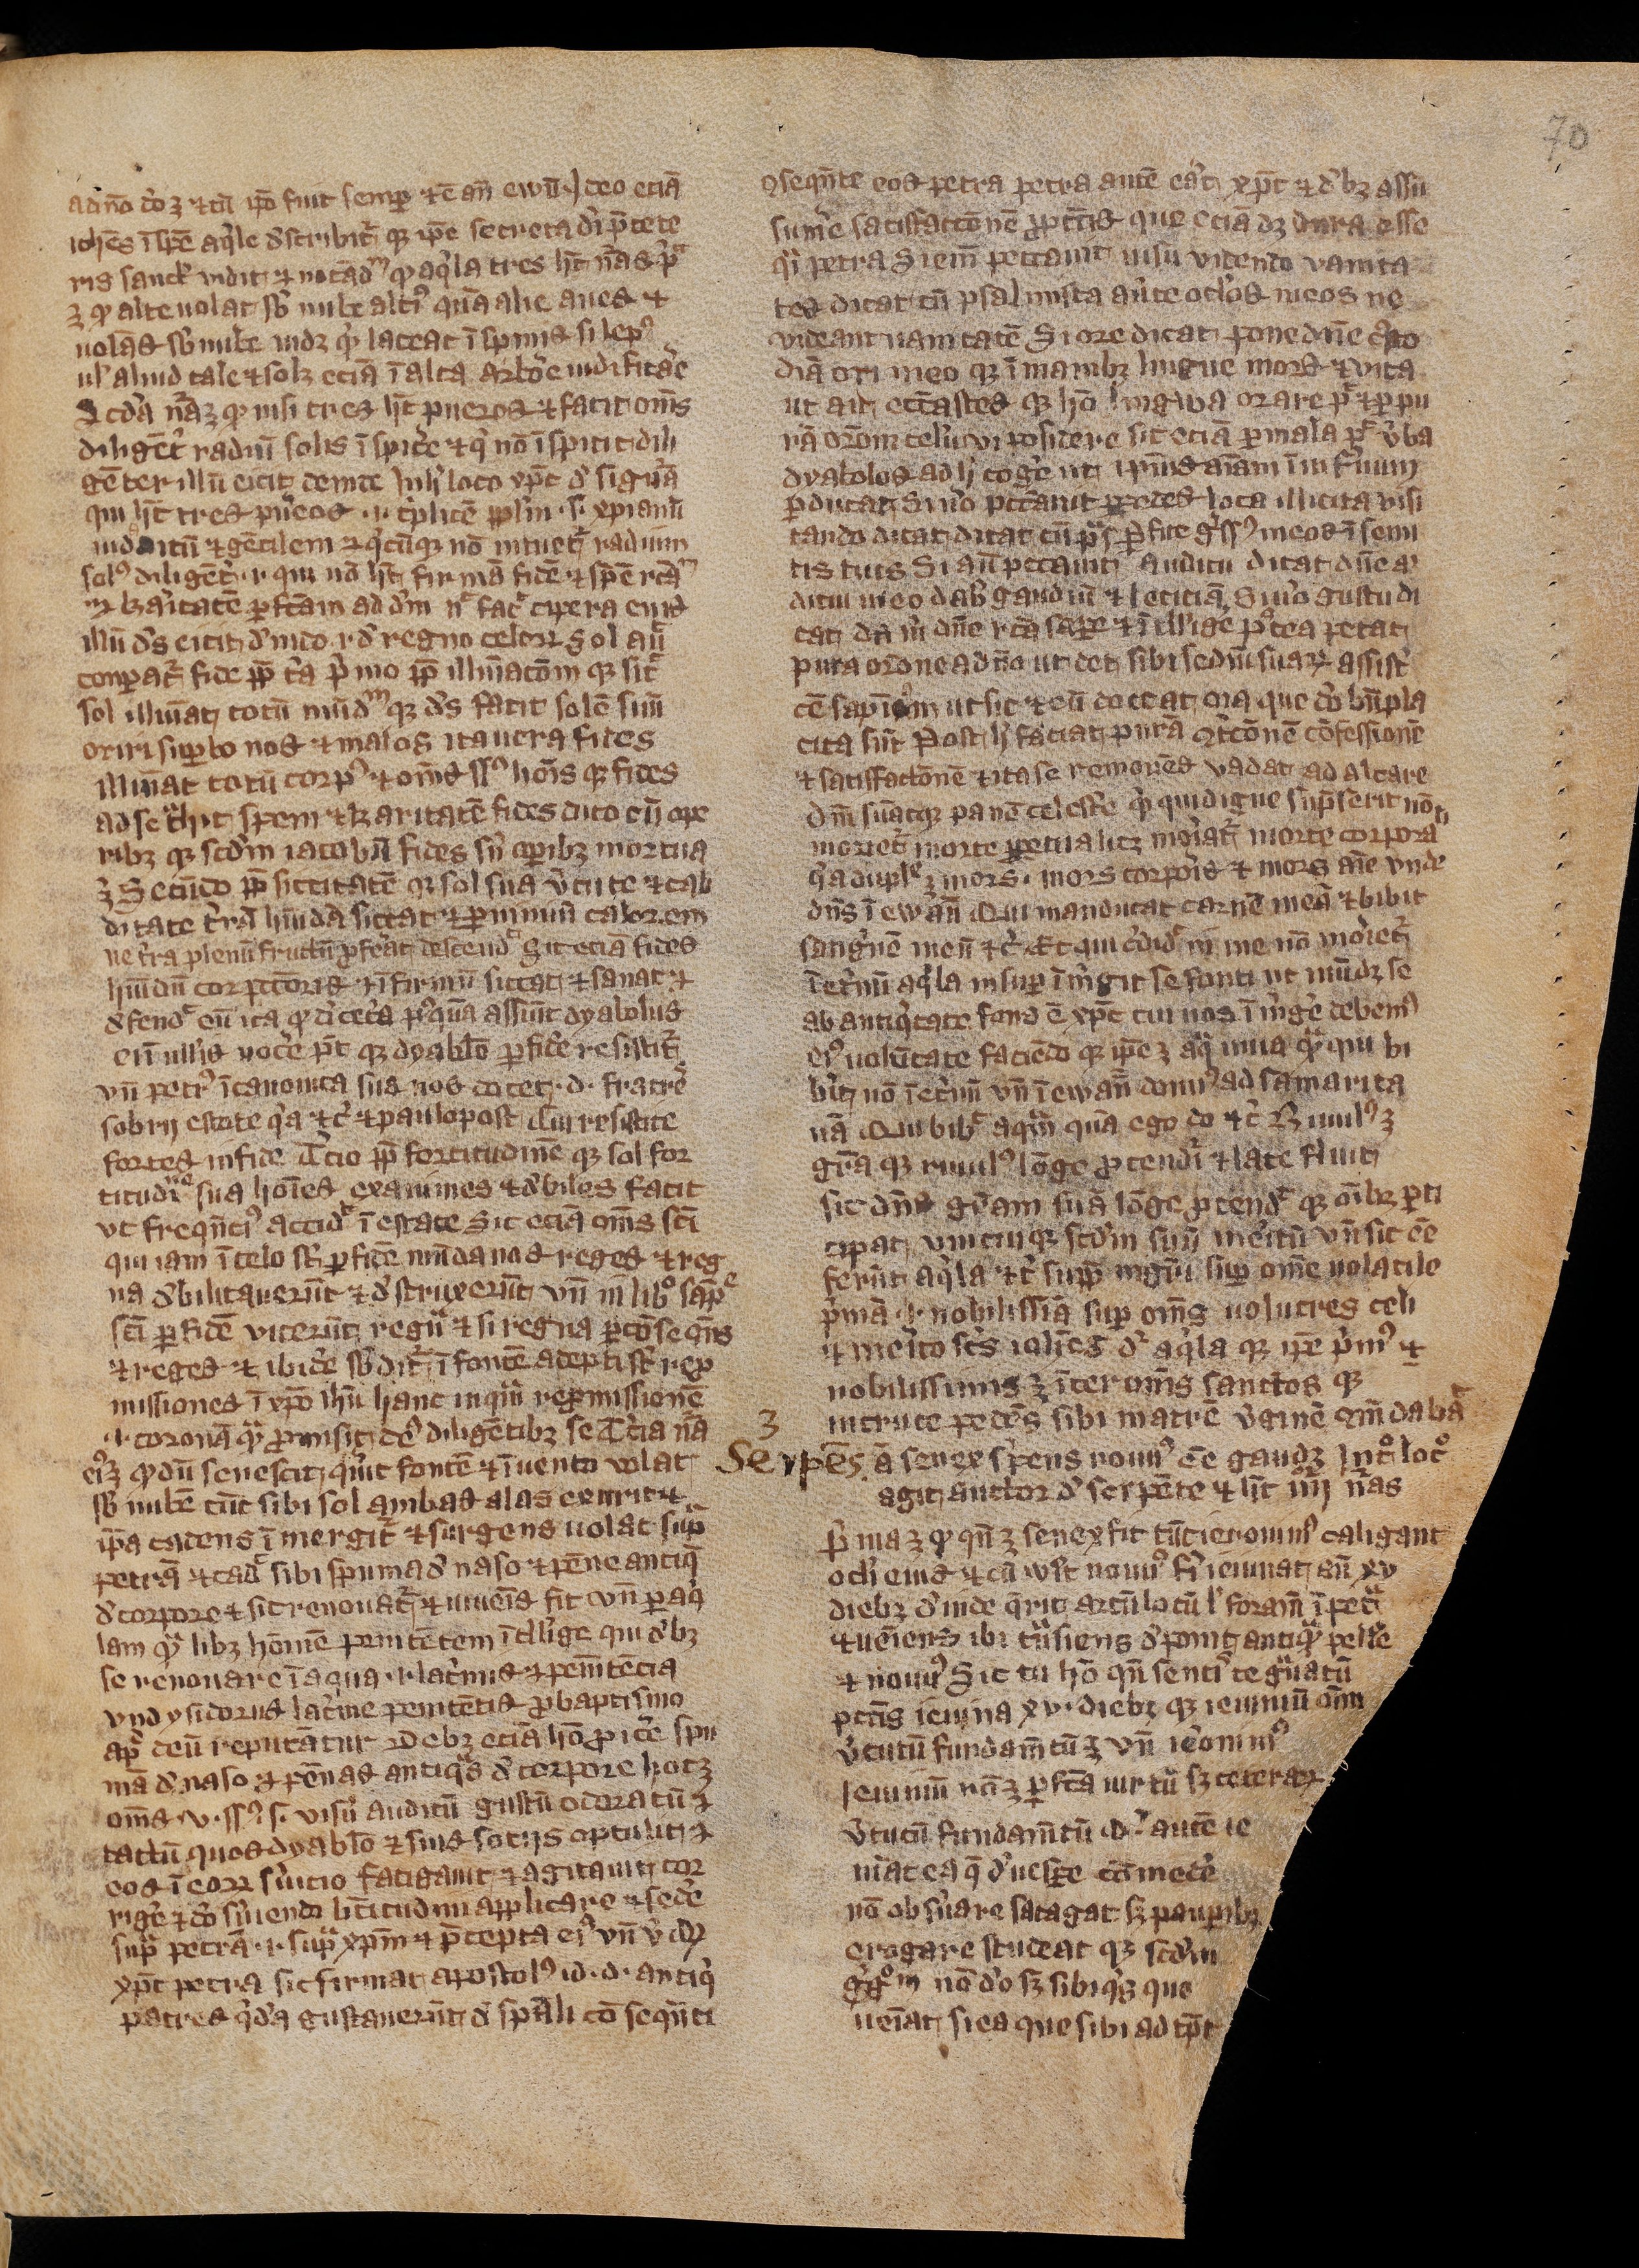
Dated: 1200–1299